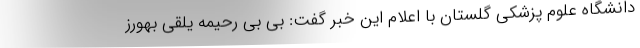
دانشگاه علوم پزشکی گلستان با اعلام این خبر گفت: بی بی رحیمه یلقی بهورز